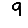
Digit: 9